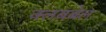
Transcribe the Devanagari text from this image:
क्लबबेल